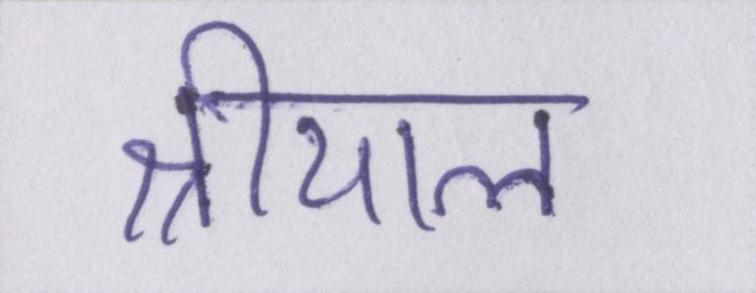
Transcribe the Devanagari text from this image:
श्रीयाल